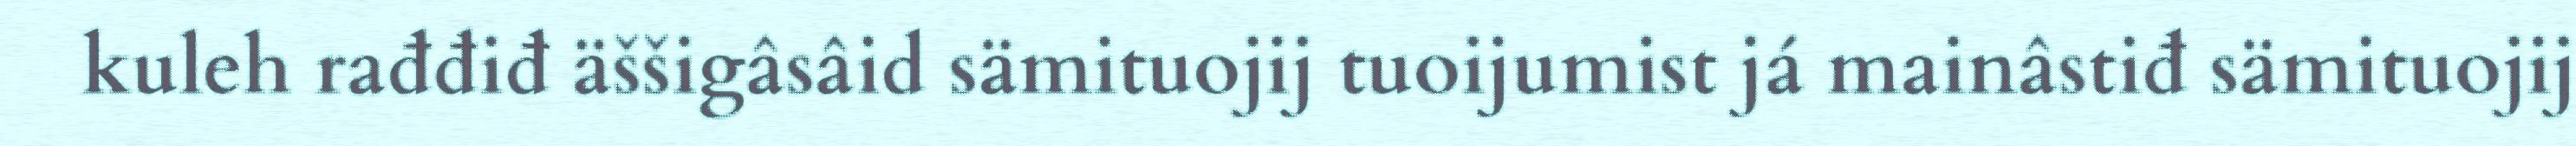
kuleh rađđiđ äššigâsâid sämituojij tuoijumist já mainâstiđ sämituojij